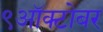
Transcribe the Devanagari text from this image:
९ऑक्टोबर